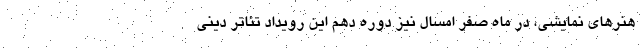
هنرهای نمایشی، در ماه صفر امسال نیز دوره دهم این رویداد تئاتر دینی